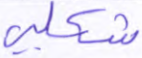
شكلي